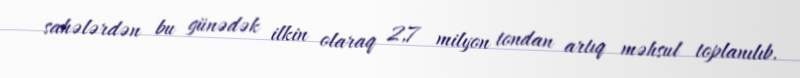
sahələrdən bu günədək ilkin olaraq 2,7 milyon tondan artıq məhsul toplanılıb.